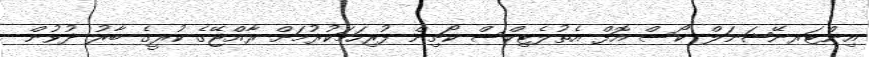
އިންޓަރނޭޝަނަލް ކޯސް އޮފް އެތުލެޓިކްސް ކޯޗިން ފުރިހަމަކުރުމަށް ރާއްޖޭގެ ކުރީގެ ބާރު ދުވުން